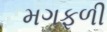
મગફળી